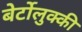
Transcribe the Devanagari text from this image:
बेर्टोलुक्की